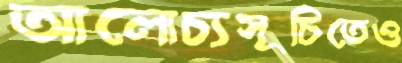
আলোচ্যসূচিতেও